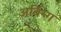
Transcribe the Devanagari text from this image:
अर्विन्ग